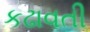
કઢાવતી